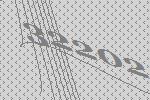
32202